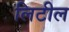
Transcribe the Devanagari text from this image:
लिटील